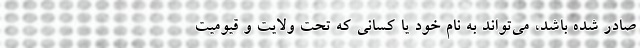
صادر شده باشد، می‌تواند به نام خود یا کسانی که تحت ولایت و قیومیت